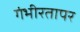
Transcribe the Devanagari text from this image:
गंभीरतापर